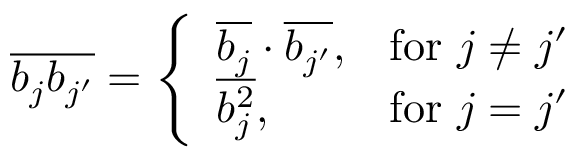
\begin{array} { r } { \overline { { b _ { j } b _ { j ^ { \prime } } } } = \left\{ \begin{array} { l l } { \overline { { b _ { j } } } \cdot \overline { { b _ { j ^ { \prime } } } } , } & { \mathrm { f o r } \ j \ne j ^ { \prime } } \\ { \overline { { b _ { j } ^ { 2 } } } , } & { \mathrm { f o r } \ j = j ^ { \prime } } \end{array} \right. } \end{array}